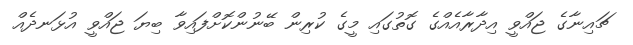
ޗައިނާގެ ޖައްވީ އިދާރާއެއްގެ ގޮތުގައި މީގެ ކުރިން ބޭނުންކޮށްފައިވާ ބިޔަ ޖައްވީ އުޅަނދެއް